Vaccination in Bombay 1869-1873 - 1869-1873
Year: 1869
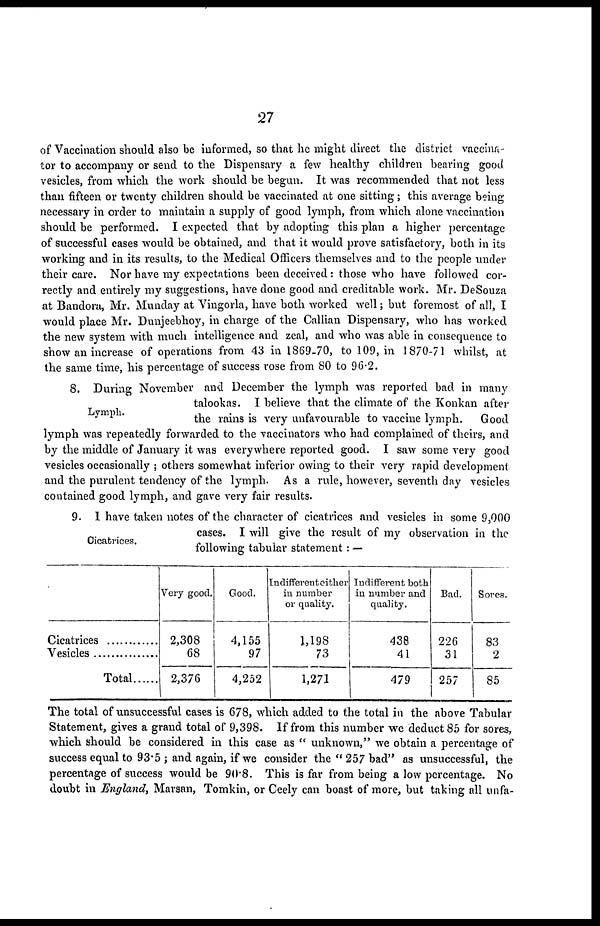
27
of Vaccination should also be informed, so that he might direct the district vaccina-
tor to accompany or send to the Dispensary a few healthy children bearing good
vesicles, from which the work should be begun. It was recommended that not less
than fifteen or twenty children should be vaccinated at one sitting; this average being
necessary in order to maintain a supply of good lymph, from which alone vaccination
should be performed. I expected that by adopting this plan a higher percentage
of successful cases would be obtained, and that it would prove satisfactory, both in its
working and in its results, to the Medical Officers themselves and to the people under
their care. Nor have my expectations been deceived: those who have followed cor-
rectly and entirely my suggestions, have done good and creditable work. Mr. DeSouza
at Bandora, Mr. Munday at Vingorla, have both worked well; but foremost of all, I
would place Mr. Dunjeebhoy, in charge of the Callian Dispensary, who has worked
the new system with much intelligence and zeal, and who was able in consequence to
show an increase of operations from 43 in 1869-70, to 109, in 1870-71 whilst, at
the same time, his percentage of success rose from 80 to 96.2.
Lymph.
8. During November and December the lymph was reported bad in many
talookas. I believe that the climate of the Konkan after
the rains is very unfavourable to vaccine lymph.
Good
lymph was repeatedly forwarded to the vaccinators who had complained of theirs, and
by the middle of January it was everywhere reported good. I saw some very good
vesicles occasionally ; others somewhat inferior owing to their very rapid development
and the purulent tendency of the lymph. As a rule, however, seventh day vesicles
contained good lymph, and gave very fair results.
Cicatrices.
9. 1 have taken notes of the character of cicatrices and vesicles in some 9,000
cases. I will give the result of my observation in the
following tabular statement: —
Cicatrices
Vesicles
Total ...............
Very good.
2,308
68
2,376
Good.
4,155
97
4,252
Indifferent either
in number
or quality.
1,198
73
1,271
Indifferent both
in number and
quality.
438
41
479
Bad.
226
31
257
Sores.
83
2
85
The total of unsuccessful cases is 678, which added to the total in the above Tabular
Statement, gives a grand total of 9,398. If from this number we deduct 85 for sores,
which should be considered in this case as " unknown," we obtain a percentage of
success equal to 93.5 ; and again, if we consider the " 257 bad" as unsuccessful, the
percentage of success would be 90.8. This is far from being a low percentage. No
doubt in England, Marsan, Tomkin, or Ceely can boast of more, but taking all unfa-